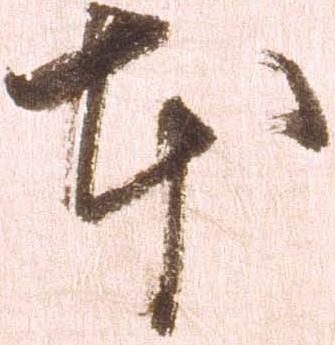
本